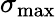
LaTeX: \sigma_{\mathrm{max}}